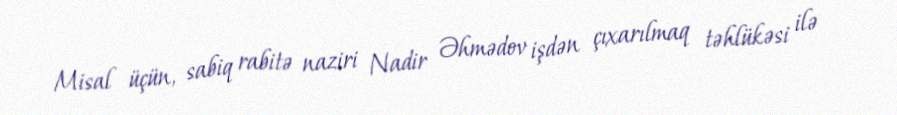
Misal üçün, sabiq rabitə naziri Nadir Əhmədov işdən çıxarılmaq təhlükəsi ilə